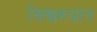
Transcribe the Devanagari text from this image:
विश्वख्यात